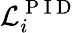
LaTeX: \mathcal{L}_{i}^{\mathrm{~P~I~D~}}